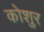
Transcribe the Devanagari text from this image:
कोशुर